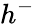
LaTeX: h^{-}